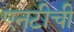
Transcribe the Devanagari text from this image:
एनटीची